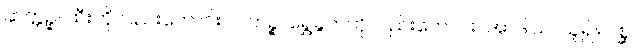
ဆတ္တဉ္စ၊ ထီးကိုလည်းကောင်း။ ပါတဉ္စ၊ ရွှေခွက်ကိုလည်းကောင်း။ အာဒါယ၊ ယူ၍။ ဂစ္ဆ၊